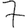
Digit: 7